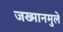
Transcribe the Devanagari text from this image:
जख्मानमुले